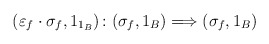
\begin{align*} (\varepsilon_f\cdot{}\sigma_f,1_{1_B})\colon (\sigma_f,1_B)\Longrightarrow(\sigma_f,1_B) \end{align*}